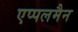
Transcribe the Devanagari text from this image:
एप्पलमैन